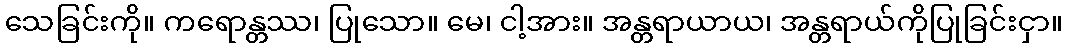
သေခြင်းကို။ ကရောန္တဿ၊ ပြုသော။ မေ၊ ငါ့အား။ အန္တရာယာယ၊ အန္တရာယ်ကိုပြုခြင်းငှာ။